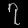
Digit: ၇